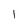
Character: l